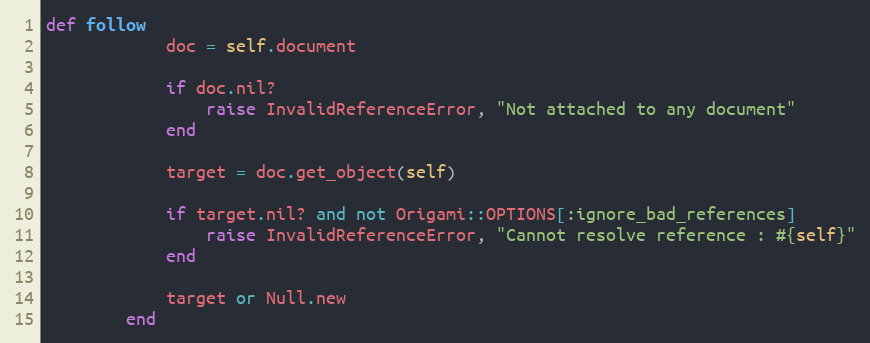
Language: Ruby
def follow
            doc = self.document

            if doc.nil?
                raise InvalidReferenceError, "Not attached to any document"
            end

            target = doc.get_object(self)

            if target.nil? and not Origami::OPTIONS[:ignore_bad_references]
                raise InvalidReferenceError, "Cannot resolve reference : #{self}"
            end

            target or Null.new
        end